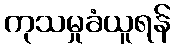
ကုသမှုခံယူရန်